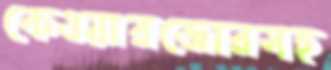
কেওয়ারজোরসহ